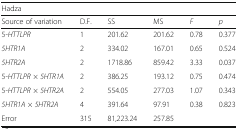
<table><thead><tr><td colspan="6"><b>Hadza</b></td></tr><tr><td><b>Source of variation</b></td><td><b>D.F.</b></td><td><b>SS</b></td><td><b>MS</b></td><td><b><i>F</i></b></td><td><b><i>p</i></b></td></tr></thead><tbody><tr><td>5-<i>HTTLPR</i></td><td>1</td><td>201.62</td><td>201.62</td><td>0.78</td><td>0.377</td></tr><tr><td><i>5HTR1A</i></td><td>2</td><td>334.02</td><td>167.01</td><td>0.65</td><td>0.524</td></tr><tr><td><i>5HTR2A</i></td><td>2</td><td>1718.86</td><td>859.42</td><td>3.33</td><td>0.037</td></tr><tr><td>5-<i>HTTLPR × 5HTR1A</i></td><td>2</td><td>386.25</td><td>193.12</td><td>0.75</td><td>0.474</td></tr><tr><td>5-<i>HTTLPR × 5HTR2A</i></td><td>2</td><td>554.05</td><td>277.03</td><td>1.07</td><td>0.343</td></tr><tr><td><i>5HTR1A × 5HTR2A</i></td><td>4</td><td>391.64</td><td>97.91</td><td>0.38</td><td>0.823</td></tr><tr><td>Error</td><td>315</td><td>81,223.24</td><td>257.85</td><td></td><td></td></tr></tbody></table>